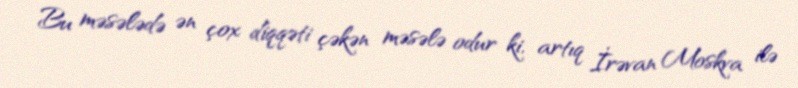
Bu məsələdə ən çox diqqəti çəkən məsələ odur ki, artıq İrəvan Moskva ilə